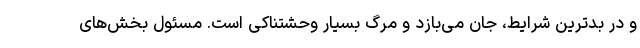
و در بدترین شرایط، جان می‌بازد و مرگ بسیار وحشتناکی است. مسئول بخش‌های